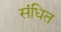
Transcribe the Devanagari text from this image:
संधित